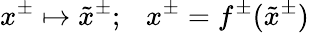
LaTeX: x^{\pm}\mapsto\tilde{x}^{\pm};~~~x^{\pm}=f^{\pm}(\tilde{x}^{\pm})